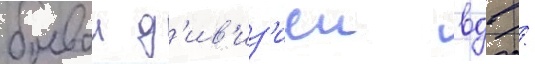
боевои д'ив'из'иеи вдв /